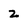
Character: 2